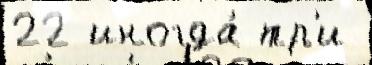
22 иногда́ тр'и